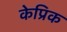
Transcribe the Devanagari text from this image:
केप्रिक